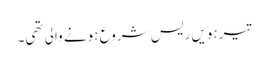
تیرہویں ریس شروع ہونے والی تھی۔